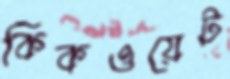
কিকওয়েট